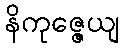
နိကုဇ္ဇေယျ